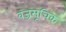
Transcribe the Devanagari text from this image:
वज्रसूचिक